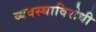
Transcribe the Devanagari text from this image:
व्यवस्थाविरोधी